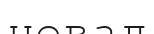
невал